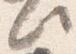
此